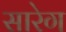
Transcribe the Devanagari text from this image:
सारेग